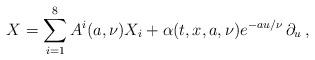
LaTeX: \begin{align*} X= \sum \limits_{i=1}^{8} A^{i}(a,\nu) X_i + \alpha (t,x,a,{\nu}) e^{ -au/\nu} \, \partial_u \, ,\end{align*}